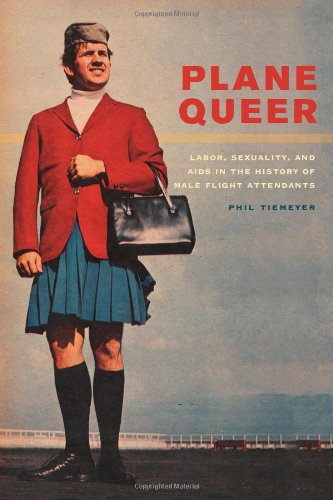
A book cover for Plane Queer: Labor, Sexuality, and AIDS in the History of Male Flight Attendants; Phil Tiemeyer; Business & Money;